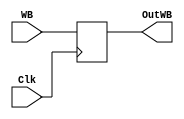
`timescale 1ns/1ns

module WB (
			
			//Inp
			input [1:0] WB,
			input Clk,
			
			//Out
		    output reg [1:0] OutWB     
);

/*	
		
	WB ///////////////
		MtoR = 1'b1;
		Urw = 1'b1;	

*/

always @ (posedge Clk)
begin
		
	OutWB = WB;
		
end

endmodule